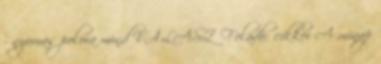
- nyomas polora mind VÁLASZ Feladó: cikkei A minap